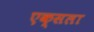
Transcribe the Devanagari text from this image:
एक्सला